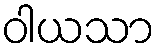
ဝါယသာ